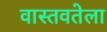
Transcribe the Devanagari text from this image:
वास्तवतेला